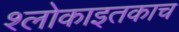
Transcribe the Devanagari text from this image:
श्लोकाइतकाच